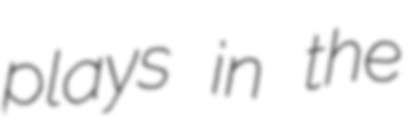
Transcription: plays in the